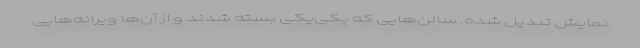
نمایش تبدیل شده. سالن‌هایی که یکی‌یکی بسته شدند و از آن‌ها ویرانه‌هایی